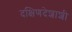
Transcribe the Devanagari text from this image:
दक्षिणदेशाशी